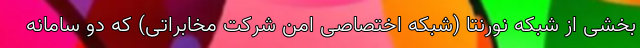
بخشی از شبکه نورنتا (شبکه اختصاصی امن شرکت مخابراتی) که دو سامانه